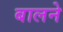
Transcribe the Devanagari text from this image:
बालने